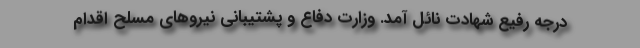
درجه رفیع شهادت نائل آمد. وزارت دفاع و پشتیبانی نیروهای مسلح اقدام